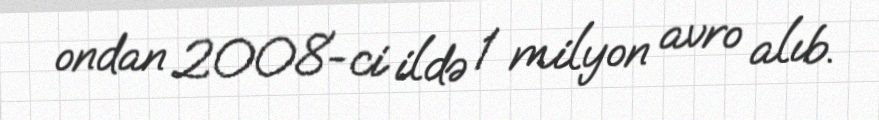
ondan 2008-ci ildə 1 milyon avro alıb.